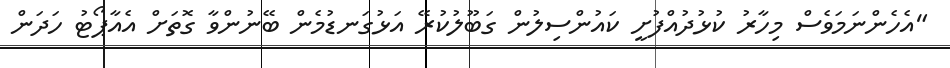
"އެހެންނަމަވެސް މިހާރު ކުޅުދުއްފުށީ ކައުންސިލުން ގަބޫލުކުރޭ އަޅުގަނޑުމެން ބޭނުންވާ ގޮތަށް އެއާޕޯޓު ހަދަން